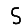
Digit: 5